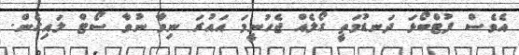
އެވެސް ފުޓްބޯޅަ ދަނޑުމަތީ ގޯލެއް ޖެހުނީމަ އައުރަ ނިވާ ނުވާ ސޯޓް ލައިގެން.